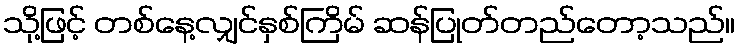
သို့ဖြင့် တစ်နေ့လျှင်နှစ်ကြိမ် ဆန်ပြုတ်တည်တော့သည်။